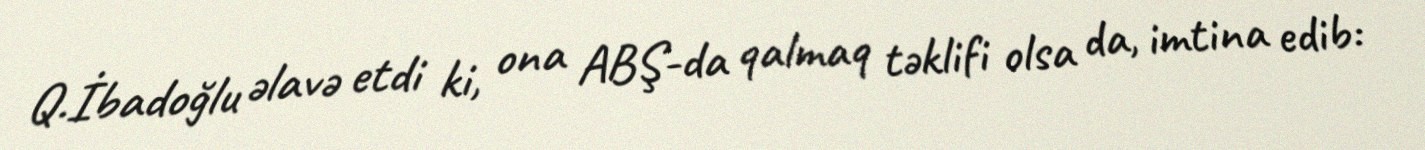
Q.İbadoğlu əlavə etdi ki, ona ABŞ-da qalmaq təklifi olsa da, imtina edib: